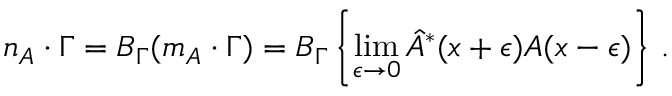
n _ { A } \cdot \Gamma = { \cal B } _ { \Gamma } ( m _ { A } \cdot \Gamma ) = { \cal B } _ { \Gamma } \left\{ \operatorname * { l i m } _ { \epsilon \to 0 } { \hat { A } } ^ { * } ( x + \epsilon ) A ( x - \epsilon ) \right\} \, .